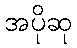
အပိုဆု